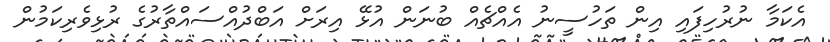
އެކަމާ ނުރުހިފައި އިން ތަހުސީނު އެއްޗެއް ބުނަން އުޅޭ އިރަށް އަބްދުއްސައްތާރުގެ ރުޅިވެރިކަމުން